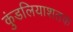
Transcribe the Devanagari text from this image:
कुंडलियाशतक